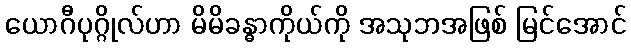
ယောဂီပုဂ္ဂိုလ်ဟာ မိမိခန္ဓာကိုယ်ကို အသုဘအဖြစ် မြင်အောင်